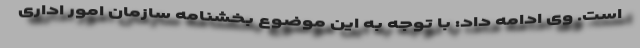
است. وی ادامه داد: با توجه به این موضوع بخشنامه سازمان امور اداری